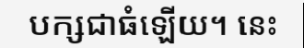
បក្សជាធំឡើយ។ នេះ